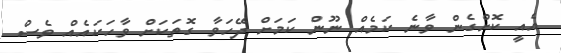
އެއީ ކޮށްގެން ވާނެ ކަމެއް ނޫން ކަމަށް ދޭހަވާ ގޮތަކަށް ވާހަކައެއް ވެސް